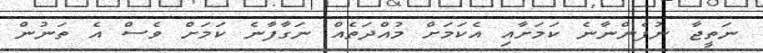
ނަތީޖާ ނުފެންނާނެ ކަމަށާއި އެކަމަށް މުއްދަތެއް ނަގާފާނެ ކަމަށް ވެސް އެ ތަނުން